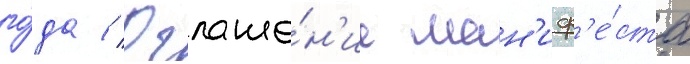
го́да // Оглаше́н'ие ман'иф'е́ста